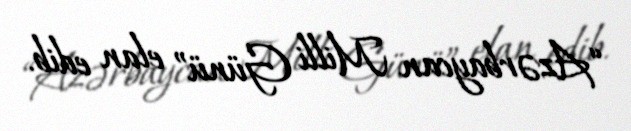
“Azərbaycan Milli Günü” elan edib.